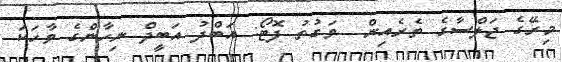
މިރޭގެ ޖަލްސާގެ ތެރެއިން  ވަގުތު ފޮޓޯ: އަބްދު އަބީދް ނިހާންގެ ވާހަކަ